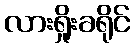
လားရှိုးခရိုင်